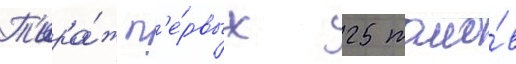
Т'ира́ж п'е́рвых 25 томо́в